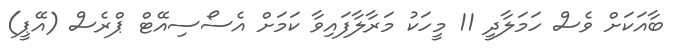
ބާއަކަށް ވެސް ހަމަލާދީ 11 މީހަކު މަރާލާފައިވާ ކަމަށް އެސޯސިއޭޓް ޕްރެސް (އޭޕީ)